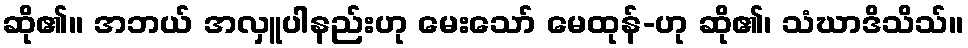
ဆို၏။ အဘယ် အလှူပါနည်းဟု မေးသော် မေထုန်-ဟု ဆို၏၊ သံဃာဒိသိသ်။